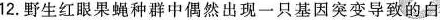
12.野生红眼果蝇种群中偶然出现一只基因突变导致的白